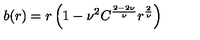
b ( r ) = r \left( 1 - { \nu } ^ { 2 } C ^ { \frac { 2 - 2 \nu } { \nu } } r ^ { \frac { 2 } { \nu } } \right)